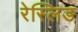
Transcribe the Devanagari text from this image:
रेस्लिङ